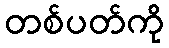
တစ်ပတ်ကို